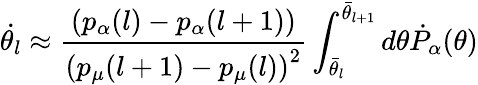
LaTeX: \dot{\theta_{l}}\approx\frac{\left(p_{\alpha}(l)-p_{\alpha}(l+1)\right)}{\left(p_{\mu}(l+1)-p_{\mu}(l)\right)^{2}}\int_{\bar{\theta}_{l}}^{\bar{\theta}_{l+1}}d\theta\dot{P}_{\alpha}(\theta)